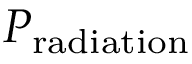
P _ { \mathrm { r a d i a t i o n } }